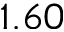
1 . 6 0